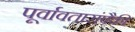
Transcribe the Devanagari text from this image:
पूर्वावतारांपैकी